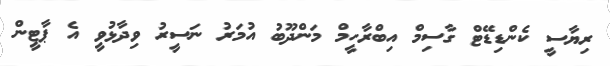
ރިޔާސީ ކެންޑިޑޭޓް ގާސިމް އިބްރާހީމް މަންދޫބު އުމަރު ނަސީރު ވިދާޅުވީ އެ ޕާޓީން